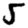
Digit: 5